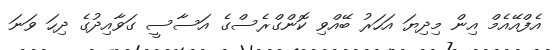
އެފްއޭއެމް އިން މިދިޔަ އަހަރު ބޭއްވި ކޮންގްރެސްގެ އަސާސީ ގަވާއިދުގެ ދިހަ ވަނަ